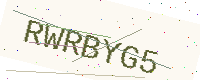
Text: RWRBYG5